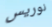
نوريس